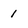
Character: 1